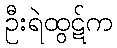
ဦးရဲထွဋ်က